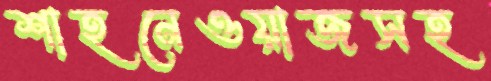
শাহনেওয়াজসহ